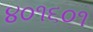
૪૦૧૬૦૧